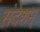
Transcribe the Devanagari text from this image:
संदेशम्